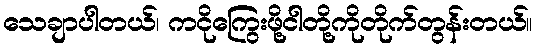
သေချာပါတယ်၊ ကငိုကြွေးဖို့ငါတို့ကိုတိုက်တွန်းတယ်။